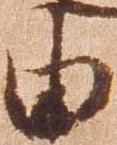
由